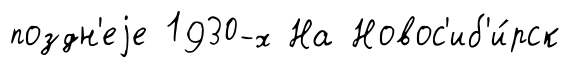
поздн'еjе 1930-х На Новос'иб'и́рск